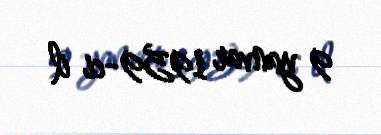
9 yanvar 1959-ci il